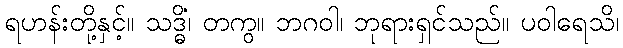
ရဟန်းတို့နှင့်။ သဒ္ဓိံ၊ တကွ။ ဘဂဝါ၊ ဘုရားရှင်သည်။ ပဝါရေသိ၊